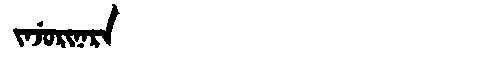
Manchu: ᠵᠠᠵᡠᡵᡳᠨᠠᡵᠠ
Romanization: JAJURINARA